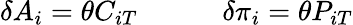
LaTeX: \delta A_{i}=\theta C_{iT}\quad\qquad\delta\pi_{i}=\theta P_{iT}